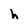
Character: h